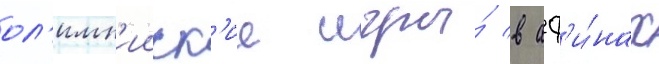
ол'имп'ииск'ие игры́ в аф'и́нах